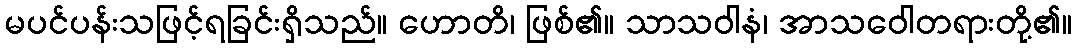
မပင်ပန်းသဖြင့်ရခြင်းရှိသည်။ ဟောတိ၊ ဖြစ်၏။ သာသဝါနံ၊ အာသဝေါတရားတို့၏။